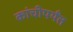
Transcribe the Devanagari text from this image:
कांचीपर्यंत